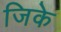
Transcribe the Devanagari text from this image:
जिके